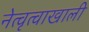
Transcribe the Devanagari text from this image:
नेत्वृत्वाखाली